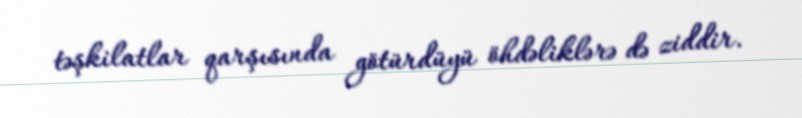
təşkilatlar qarşısında götürdüyü öhdəliklərə də ziddir.